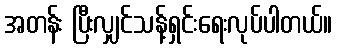
အတန်း ပြီးလျှင်သန့်ရှင်းရေးလုပ်ပါတယ်။